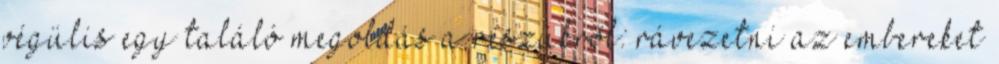
végülis egy találó megoldás a részükről: rávezetni az embereket